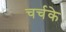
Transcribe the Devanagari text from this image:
चर्चके